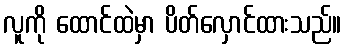
လူကို ထောင်ထဲမှာ ပိတ်လှောင်ထားသည်။